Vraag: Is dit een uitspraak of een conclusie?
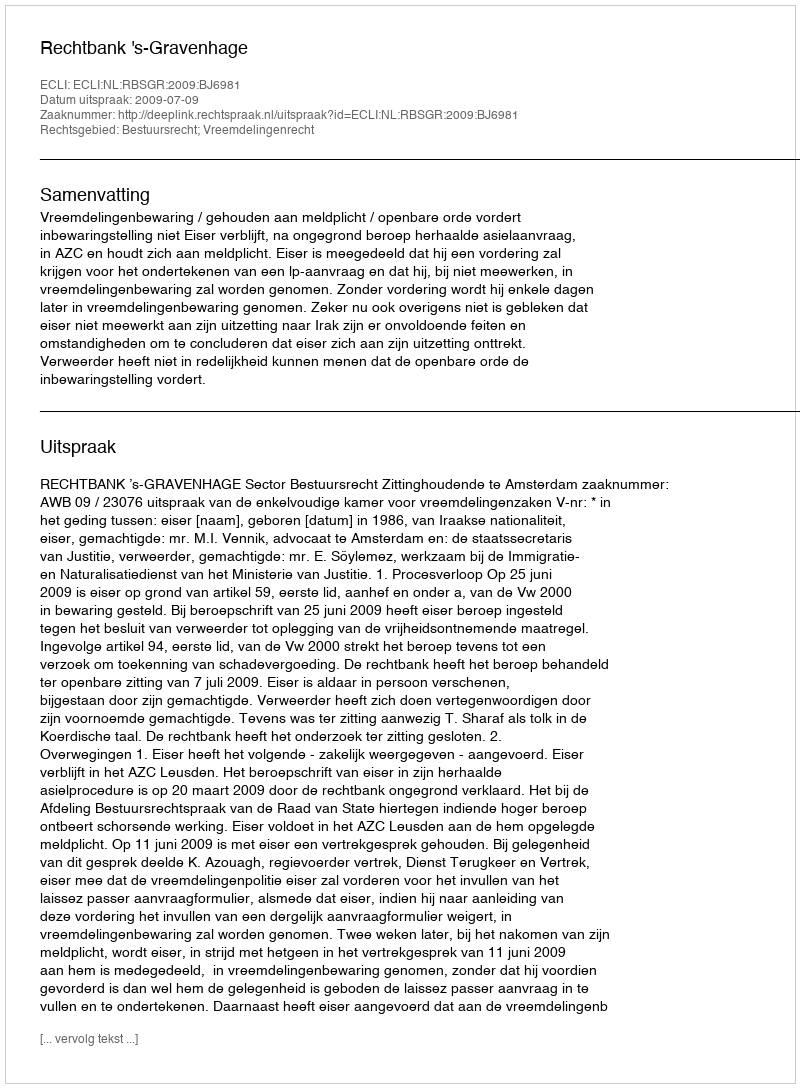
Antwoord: Uitspraak